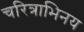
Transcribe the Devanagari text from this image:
चरित्राभिनय